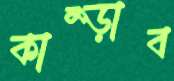
কাম্‌ড়াব